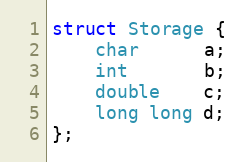
Language: C++
struct Storage {
    char      a;
    int       b;
    double    c;
    long long d;
};